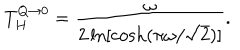
T _ { H } ^ { Q \to 0 } = { \frac { \omega } { 2 \ln [ \cosh ( \pi \omega / \sqrt 2 ) ] } } .